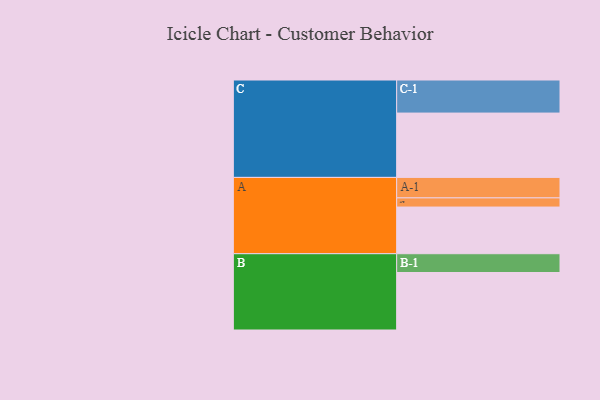
{"axis": {"x": "Segment", "y": "Value"}, "legend": ["", "A", "B", "C"], "data": [{"x": "A", "y": 340, "type": ""}, {"x": "B", "y": 419, "type": ""}, {"x": "C", "y": 469, "type": ""}, {"x": "A-1", "y": 149, "type": "A"}, {"x": "A-2", "y": 67, "type": "A"}, {"x": "B-1", "y": 137, "type": "B"}, {"x": "C-1", "y": 241, "type": "C"}]}